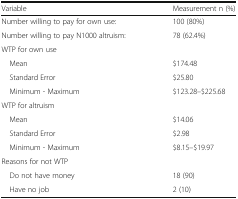
<table><thead><tr><td><b>Variable</b></td><td><b>Measurement n (%)</b></td></tr></thead><tbody><tr><td>Number willing to pay for own use:</td><td>100 (80%)</td></tr><tr><td>Number willing to pay N1000 altruism:</td><td>78 (62.4%)</td></tr><tr><td colspan="2">WTP for own use</td></tr><tr><td> Mean</td><td>$174.48</td></tr><tr><td> Standard Error</td><td>$25.80</td></tr><tr><td> Minimum - Maximum</td><td>$123.28–$225.68</td></tr><tr><td colspan="2">WTP for altruism</td></tr><tr><td> Mean</td><td>$14.06</td></tr><tr><td> Standard Error</td><td>$2.98</td></tr><tr><td> Minimum - Maximum</td><td>$8.15–$19.97</td></tr><tr><td colspan="2">Reasons for not WTP</td></tr><tr><td> Do not have money</td><td>18 (90)</td></tr><tr><td> Have no job</td><td>2 (10)</td></tr></tbody></table>